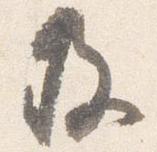
及